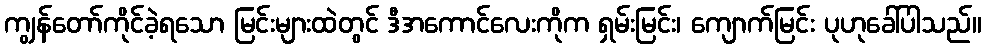
ကျွန်တော်ကိုင်ခဲ့ရသော မြင်းများထဲတွင် ဒီအကောင်လေးကိုက ရှမ်းမြင်း၊ ကျောက်မြင်း ပုဟုခေါ်ပါသည်။